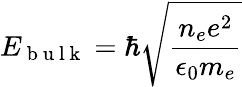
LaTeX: E_{\mathrm{~b~u~l~k~}}=\hbar\sqrt{\frac{n_{e}e^{2}}{\epsilon_{0}m_{e}}}